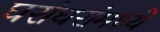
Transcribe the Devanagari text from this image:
घरांघरांमध्ये